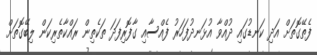
ފެތޭގޮތަށް އަދި ކަނޑުގައި ދުއްވާ އުޅަނދުފަހަރު ފެއްސާއި ގާފޮރިފަދަ ތަކެތިން ރައްކާތެރިކަން ލިބޭގޮތަށް